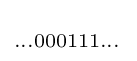
\scriptstyle \dots 000111\dots